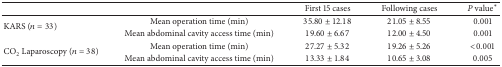
|  |  | First 15 cases | Following cases | P value* |
 | --- | --- | --- | --- | --- |
 | <ROWSPAN=2> KARS (n = 33) | Mean operation time (min) | 35.80 ± 12.18 | 21.05 ± 8.55 | 0.001 |
 | Mean abdominal cavity access time (min) | 19.60 ± 6.67 | 12.00 ± 4.50 | 0.001 |
 | <ROWSPAN=2> CO2 Laparoscopy (n = 38) | Mean operation time (min) | 27.27 ± 5.32 | 19.26 ± 5.26 | <0.001 |
 | Mean abdominal cavity access time (min) | 13.33 ± 1.84 | 10.65 ± 3.08 | 0.005 |